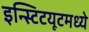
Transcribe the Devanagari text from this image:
इन्स्टिटयूटमध्ये